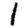
Digit: 1